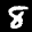
Label: 8